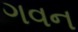
ગવન